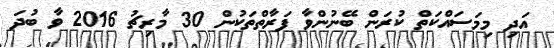
އަދި މިމަސައްކަތް ކުރަން ބޭނުންވާ ފަރާތްތަކުން 30 މާރިޗު 2016 ވާ ބުދަ